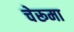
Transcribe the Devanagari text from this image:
चेरूमा